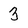
Character: 3